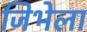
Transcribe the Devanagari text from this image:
जिभेला